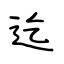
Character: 迄